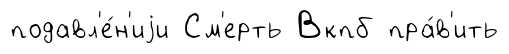
подавл'е́н'иjи См'ерть Вкпб пра́в'ить